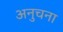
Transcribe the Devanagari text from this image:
अनुचना